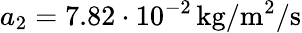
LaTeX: a_{2}=7.82\cdot 10^{-2}\, \mathrm{kg/m^{2}/s}